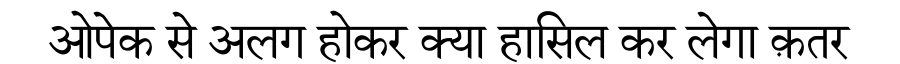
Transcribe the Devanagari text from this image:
ओपेक से अलग होकर क्या हासिल कर लेगा क़तर